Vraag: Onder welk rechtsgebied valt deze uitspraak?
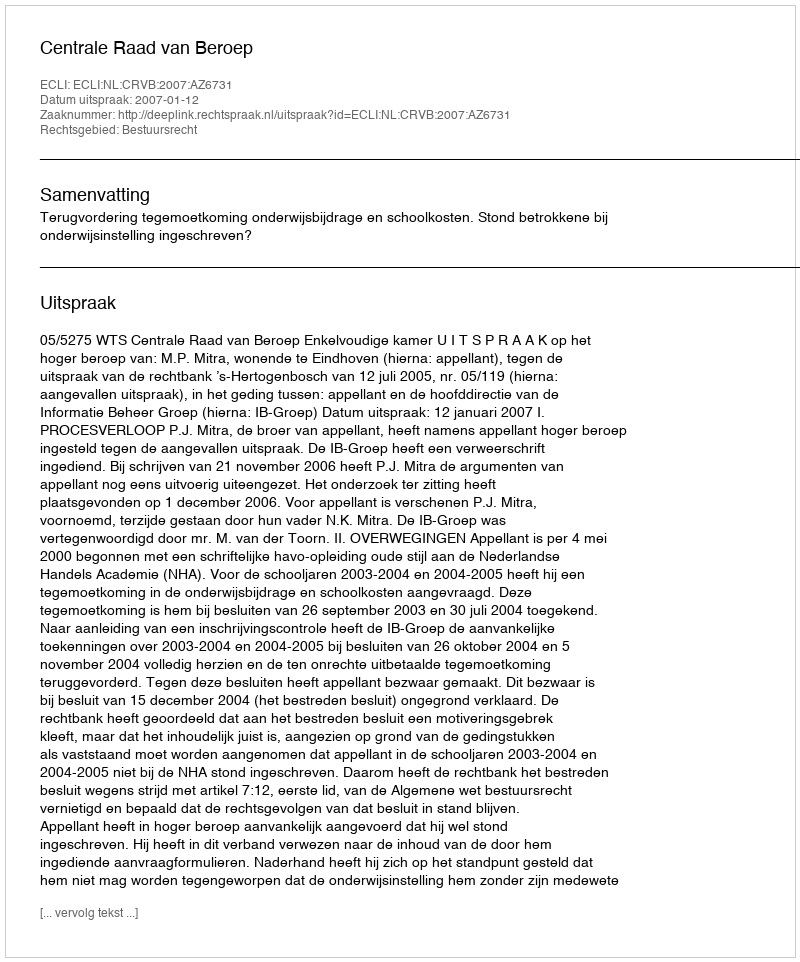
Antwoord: Bestuursrecht